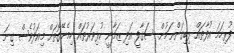
ފުރިހަމަ އުފާތައް ލިބިގަންނަމުން. ސަގާފީ އަދި ޒަމާނީ ކުޅިވަރުތައް ހިމެނޭގޮތަށް މިއަދުވެސް ގިނަ